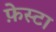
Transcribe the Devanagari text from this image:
फ़ेस्टा